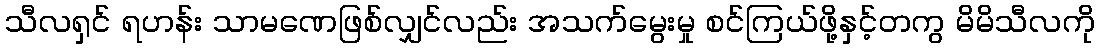
သီလရှင် ရဟန်း သာမဏေဖြစ်လျှင်လည်း အသက်မွေးမှု စင်ကြယ်ဖို့နှင့်တကွ မိမိသီလကို